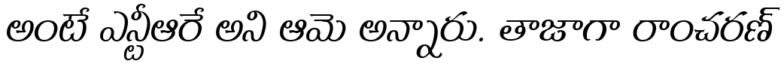
అంటే ఎన్టీఆరే అని ఆమె అన్నారు. తాజాగా రాంచరణ్